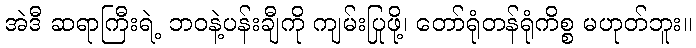
အဲဒီ ဆရာကြီးရဲ့ ဘဝနဲ့ပန်းချီကို ကျမ်းပြုဖို့၊ တော်ရုံတန်ရုံကိစ္စ မဟုတ်ဘူး။